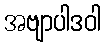
အဗျာပါဒဝါ